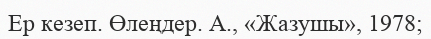
Ер кезеп. Өлеңдер. А., «Жазушы», 1978;